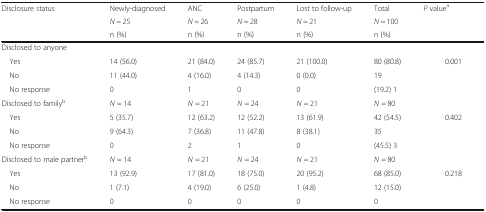
<table><thead><tr><td rowspan="3"><b>Disclosure status</b></td><td><b>Newly-diagnosed</b></td><td><b>ANC</b></td><td><b>Postpartum</b></td><td><b>Lost to follow-up</b></td><td><b>Total</b></td><td rowspan="3"><b><i>P</i> value<sup>a</sup></b></td></tr><tr><td><b><i>N</i> = 25</b></td><td><b><i>N</i> = 26</b></td><td><b><i>N</i> = 28</b></td><td><b><i>N</i> = 21</b></td><td><b><i>N</i> = 100</b></td></tr><tr><td><b>n (%)</b></td><td><b>n (%)</b></td><td><b>n (%)</b></td><td><b>n (%)</b></td><td><b>n (%)</b></td></tr></thead><tbody><tr><td colspan="7">Disclosed to anyone</td></tr><tr><td> Yes</td><td>14 (56.0)</td><td>21 (84.0)</td><td>24 (85.7)</td><td>21 (100.0)</td><td>80 (80.8)</td><td rowspan="4">0.001</td></tr><tr><td> No</td><td>11 (44.0)</td><td>4 (16.0)</td><td>4 (14.3)</td><td>0 (0.0)</td><td>19</td></tr><tr><td> No response</td><td>0</td><td>1</td><td>0</td><td>0</td><td>(19.2) 1</td></tr><tr><td>Disclosed to family<sup>b</sup></td><td><i>N</i> = 14</td><td><i>N</i> = 21</td><td><i>N</i> = 24</td><td><i>N</i> = 21</td><td><i>N</i> = 80</td></tr><tr><td> Yes</td><td>5 (35.7)</td><td>12 (63.2)</td><td>12 (52.2)</td><td>13 (61.9)</td><td>42 (54.5)</td><td rowspan="4">0.402</td></tr><tr><td> No</td><td>9 (64.3)</td><td>7 (36.8)</td><td>11 (47.8)</td><td>8 (38.1)</td><td>35</td></tr><tr><td> No response</td><td>0</td><td>2</td><td>1</td><td>0</td><td>(45.5) 3</td></tr><tr><td>Disclosed to male partner<sup>b</sup></td><td><i>N</i> = 14</td><td><i>N</i> = 21</td><td><i>N</i> = 24</td><td><i>N</i> = 21</td><td><i>N</i> = 80</td></tr><tr><td> Yes</td><td>13 (92.9)</td><td>17 (81.0)</td><td>18 (75.0)</td><td>20 (95.2)</td><td>68 (85.0)</td><td rowspan="3">0.218</td></tr><tr><td> No</td><td>1 (7.1)</td><td>4 (19.0)</td><td>6 (25.0)</td><td>1 (4.8)</td><td>12 (15.0)</td></tr><tr><td> No response</td><td>0</td><td>0</td><td>0</td><td>0</td><td>0</td></tr></tbody></table>